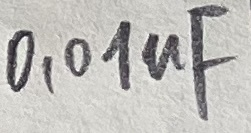
Text: 0,01uF